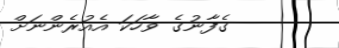
ގެފާނުގެ ވާހަކަ އެއުރެންނަށް